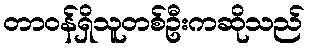
တာဝန်ရှိသူတစ်ဦးကဆိုသည်